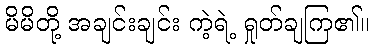
မိမိတို့ အချင်းချင်း ကဲ့ရဲ့ ရှုတ်ချကြ၏။